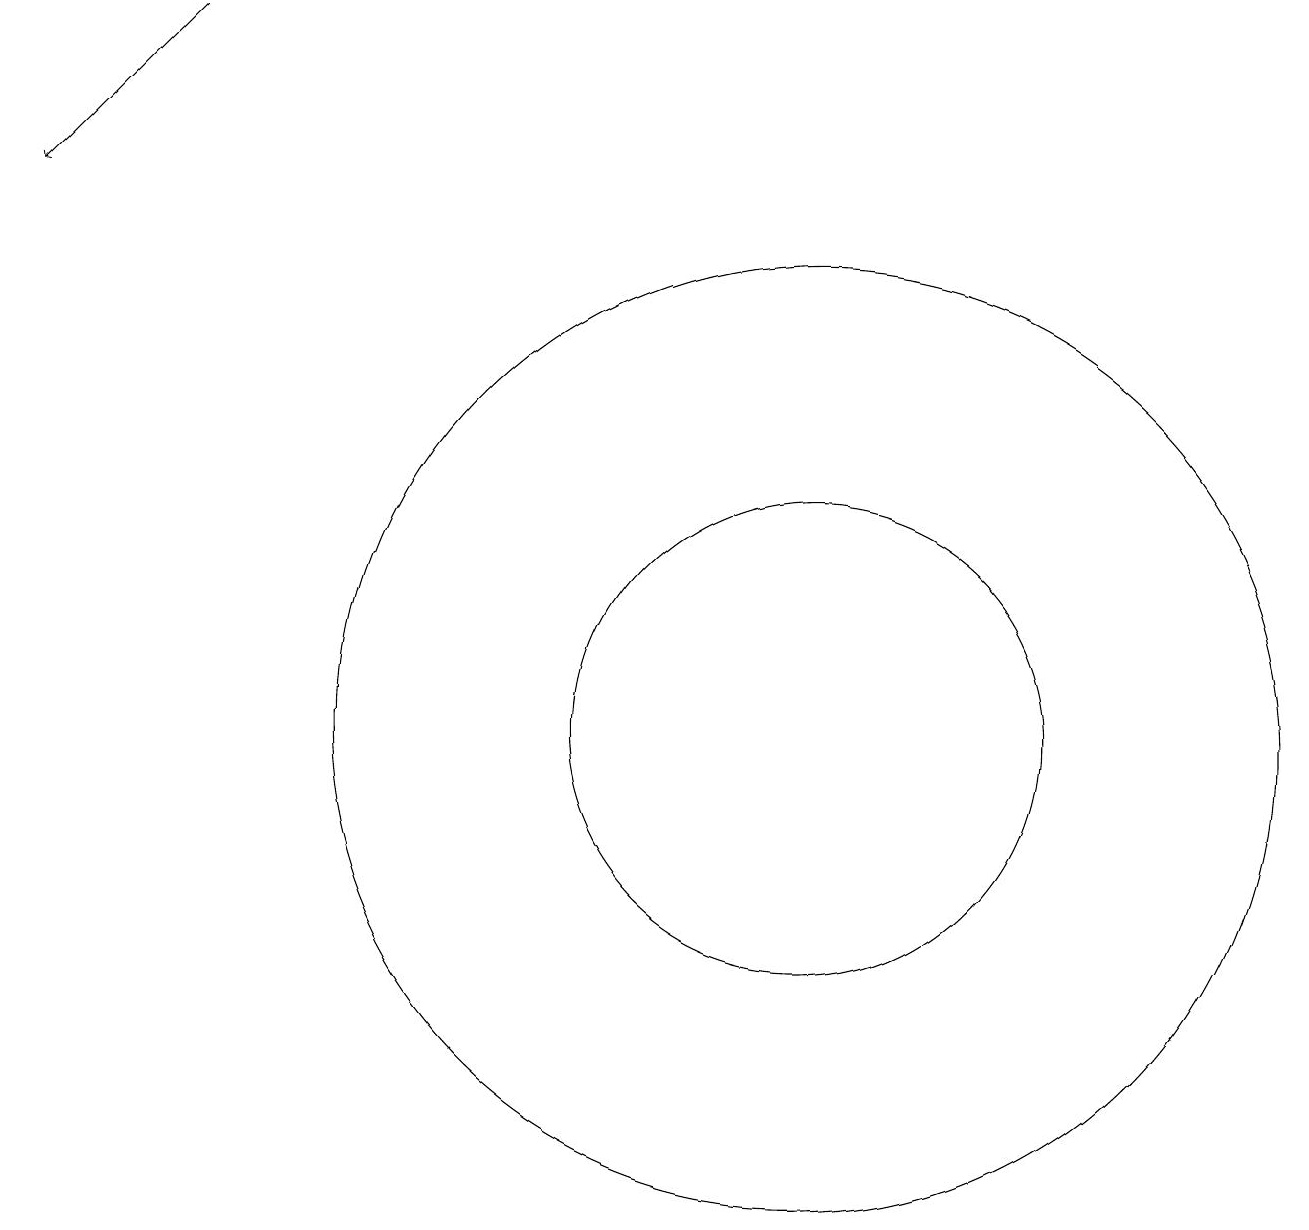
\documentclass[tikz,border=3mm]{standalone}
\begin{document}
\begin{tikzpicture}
\draw[->] (3,19) -- (1,17);
\draw (11,10) circle (3);
\draw (11,10) circle (6);
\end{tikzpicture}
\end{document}